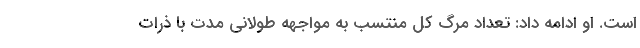
است. او ادامه داد: تعداد مرگ کل منتسب به مواجهه طولانی مدت با ذرات